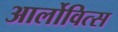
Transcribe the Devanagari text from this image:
आर्लोवित्स